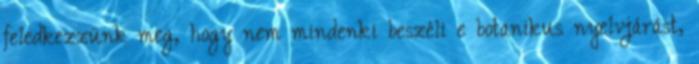
feledkezzünk meg, hogy nem mindenki beszéli e botanikus nyelvjárást,